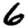
Digit: 6